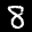
Digit: 8